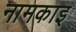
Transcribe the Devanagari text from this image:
नामकाइ